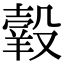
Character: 𦎯